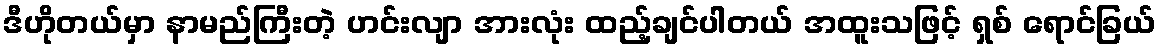
ဒီဟိုတယ်မှာ နာမည်ကြီးတဲ့ ဟင်းလျာ အားလုံး ထည့်ချင်ပါတယ် အထူးသဖြင့် ရှစ် ရောင်ခြယ်